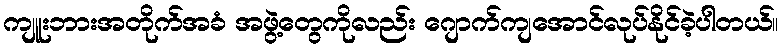
ကျူးဘားအတိုက်အခံ အဖွဲ့တွေကိုလည်း ဂျောက်ကျအောင်လုပ်နိုင်ခဲ့ပါတယ်။